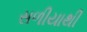
સળીયાથી